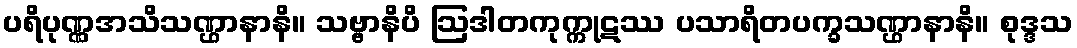
ပရိပုဏ္ဏအသိသဏ္ဌာနာနိ။ သဗ္ဗာနိပိ ဩဒါတကုက္ကုဋဿ ပသာရိတပက္ခသဏ္ဌာနာနိ။ စုဒ္ဒသ